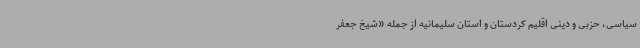
سیاسی، حزبی و دینی اقلیم کردستان و استان سلیمانیه از جمله «شیخ جعفر